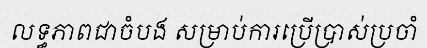
លទ្ធភាពជាចំបង សម្រាប់ការប្រើប្រាស់ប្រចាំ